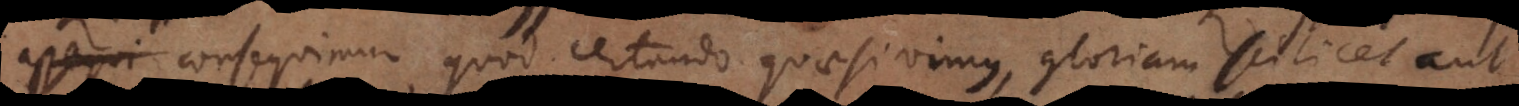
assequi consequimur quod certando quaesivimus, gloriam scilicet aut